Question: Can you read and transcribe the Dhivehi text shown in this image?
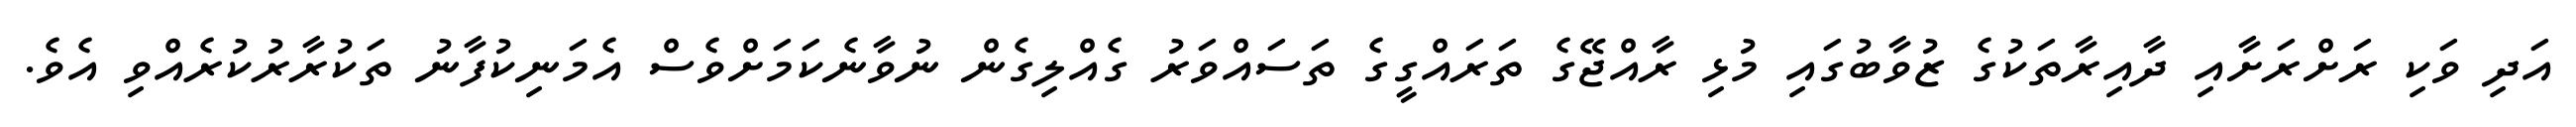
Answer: އަދި ވަކި ރަށްރަށާއި ދާއިރާތަކުގެ ޒުވާބުގައި މުޅި ރާއްޖޭގެ ތަރައްގީގެ ތަސައްވަރު ގެއްލިގެން ނުވާނެކަމަށްވެސް އެމަނިކުފާނު ތަކުރާރުކުރެއްވި އެވެ.